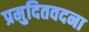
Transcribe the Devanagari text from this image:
प्रमुदितवदना